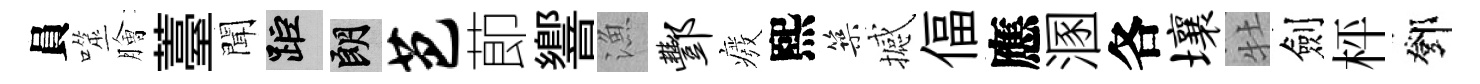
員噬膾薹聞距朗芭莭響漁酆癈熙築撼偪應溷各壤牡劍枰鄧